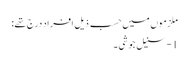
ملزموں میں حسب ذیل افراد درج تھے:
1- سنیل جوشی ۔